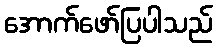
အောက်ဖော်ပြပါသည်